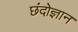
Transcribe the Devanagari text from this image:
छंदोज्ञान